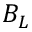
B _ { L }